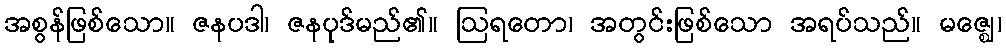
အစွန်ဖြစ်သော။ ဇနပဒါ၊ ဇနပုဒ်မည်၏။ ဩရတော၊ အတွင်းဖြစ်သော အရပ်သည်။ မဇ္ဈေ၊